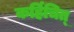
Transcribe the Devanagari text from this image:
कर्हिचित्